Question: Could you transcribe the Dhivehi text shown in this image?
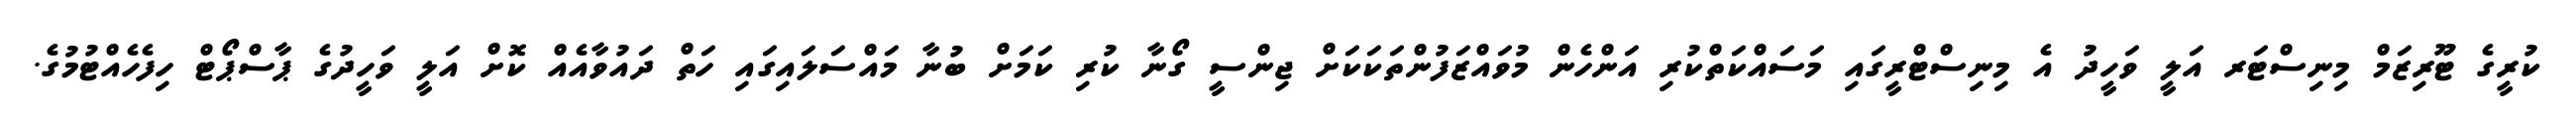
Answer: ކުރީގެ ޓޫރިޒަމް މިނިސްޓަރ އަލީ ވަހީދު އެ މިނިސްޓްރީގައި މަސައްކަތްކުރި އަންހެން މުވައްޒަފުންތަކަކަށް ޖިންސީ ގޯނާ ކުރި ކަމަށް ބުނާ މައްސަލައިގައި ހަތް ދައުވާއެއް ކޮށް އަލީ ވަހީދުގެ ޕާސްޕޯޓް ހިފެހެއްޓުމުގެ.